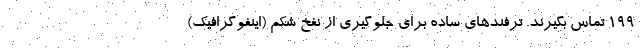
199 تماس بگیرند. ترفندهای ساده برای جلوگیری از نفخ شکم (اینفوگرافیک)